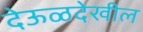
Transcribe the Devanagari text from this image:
देऊळदेखील